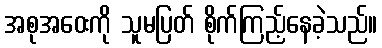
အစုအဝေးကို သူမပြတ် စိုက်ကြည့်နေခဲ့သည်။